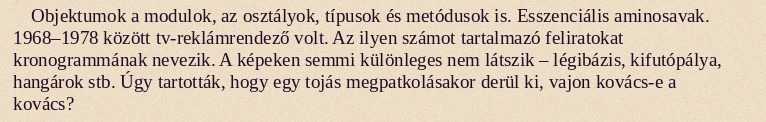
Objektumok a modulok, az osztályok, típusok és metódusok is. Esszenciális aminosavak. 1968–1978 között tv-reklámrendező volt. Az ilyen számot tartalmazó feliratokat kronogrammának nevezik. A képeken semmi különleges nem látszik – légibázis, kifutópálya, hangárok stb. Úgy tartották, hogy egy tojás megpatkolásakor derül ki, vajon kovács-e a kovács?